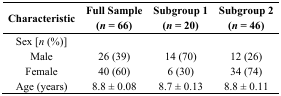
<table><thead><tr><td><b>Characteristic</b></td><td><b>Full Sample (<i>n</i> = 66)</b></td><td><b>Subgroup 1 (<i>n</i> = 20)</b></td><td><b>Subgroup 2 (<i>n</i> = 46)</b></td></tr></thead><tbody><tr><td>Sex [<i>n</i> (%)]</td><td></td><td></td><td></td></tr><tr><td>Male</td><td>26 (39)</td><td>14 (70)</td><td>12 (26)</td></tr><tr><td>Female</td><td>40 (60)</td><td>6 (30)</td><td>34 (74)</td></tr><tr><td>Age (years)</td><td>8.8 ± 0.08</td><td>8.7 ± 0.13</td><td>8.8 ± 0.11</td></tr></tbody></table>